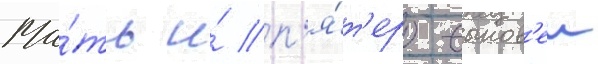
Ма́ть и́ п'я́т'еро сынов'еи